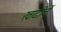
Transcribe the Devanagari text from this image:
खादीचें